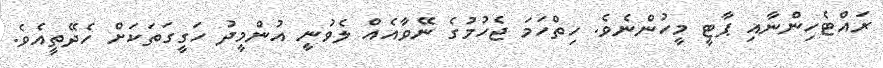
ރައްޓެހިންނާއި ޕާޓީ މީހުންނެވެ. ހިތްހަމަ ޖެހުމުގެ ނޭވާއެއް ލެވުނީ އުންމީދު ހަގީގަތަކަށް ހެދޭތީއެވެ.